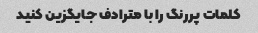
کلمات پررنگ را با مترادف جایگزین کنید